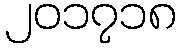
၂၀၁၇၁၈